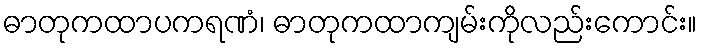
ဓာတုကထာပကရဏံ၊ ဓာတုကထာကျမ်းကိုလည်းကောင်း။